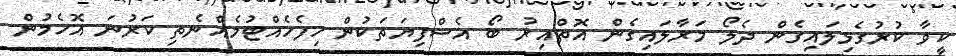
ކީވާ ކުރުގެޅިލައިގެން ދެލޯ މަރާލައިގެން އޮތްއިރު ބޯ އެސްފިޔަތަކުން ހިފެހެއްޓުމެއްނެތި ކަރުނަ އޮހެމުން